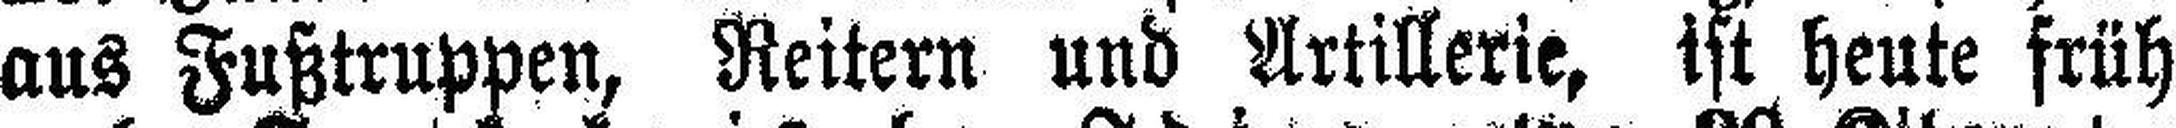
aus Fußtruppen, Reitern und Artillerie, ist heute früh